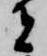
者